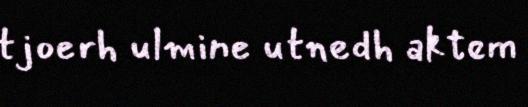
tjoerh ulmine utnedh aktem